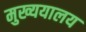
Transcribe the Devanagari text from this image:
मुख्ययालय